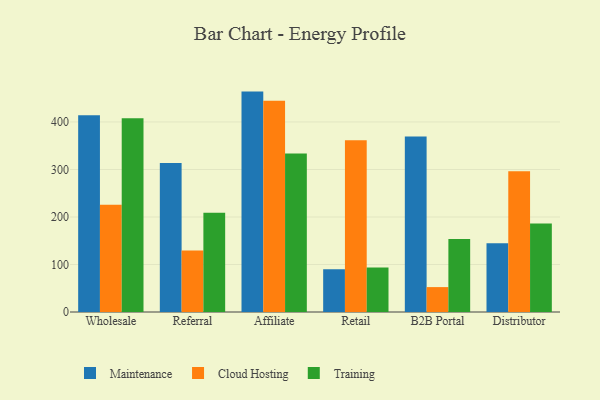
{"axis": {"x": "Channel", "y": "Active Users"}, "legend": ["Cloud Hosting", "Maintenance", "Training"], "data": [{"x": "Wholesale", "y": 414.2, "type": "Maintenance"}, {"x": "Wholesale", "y": 225.5, "type": "Cloud Hosting"}, {"x": "Wholesale", "y": 407.8, "type": "Training"}, {"x": "Referral", "y": 313.6, "type": "Maintenance"}, {"x": "Referral", "y": 129.7, "type": "Cloud Hosting"}, {"x": "Referral", "y": 208.9, "type": "Training"}, {"x": "Affiliate", "y": 463.9, "type": "Maintenance"}, {"x": "Affiliate", "y": 444.6, "type": "Cloud Hosting"}, {"x": "Affiliate", "y": 333.7, "type": "Training"}, {"x": "Retail", "y": 90.2, "type": "Maintenance"}, {"x": "Retail", "y": 361.6, "type": "Cloud Hosting"}, {"x": "Retail", "y": 93.6, "type": "Training"}, {"x": "B2B Portal", "y": 369.2, "type": "Maintenance"}, {"x": "B2B Portal", "y": 52.4, "type": "Cloud Hosting"}, {"x": "B2B Portal", "y": 153.6, "type": "Training"}, {"x": "Distributor", "y": 144.8, "type": "Maintenance"}, {"x": "Distributor", "y": 296.1, "type": "Cloud Hosting"}, {"x": "Distributor", "y": 186.2, "type": "Training"}]}